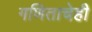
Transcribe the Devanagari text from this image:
गणिताचेही